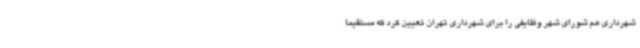
شهرداری هم شورای شهر وظایفی را برای شهرداری تهران تعیین کرد که مستقیما